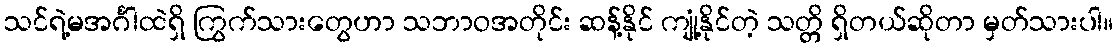
သင်ရဲ့မအင်္ဂါထဲရှိ ကြွက်သားတွေဟာ သဘာဝအတိုင်း ဆန့်နိုင် ကျုံ့နိုင်တဲ့ သတ္တိ ရှိတယ်ဆိုတာ မှတ်သားပါ။